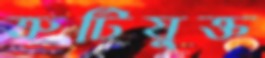
ত্রুটিযুক্ত